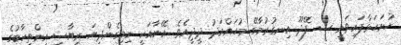
ހުށަހަޅާފައިވަނީ ސ. ފޭދޫ އިނގުރުމާގޭ މުހައްމަދު ދީދީއެވެ. އޭނާއަކީ ނިމިގެންދިޔަ ރިޔާސީ އިންތިހާބުގެ